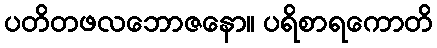
ပတိတဖလဘောဇနော။ ပရိစာရကောတိ